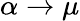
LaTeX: \alpha\to\mu